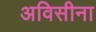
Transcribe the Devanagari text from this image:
अविसीना